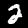
Label: 2